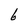
Character: b